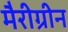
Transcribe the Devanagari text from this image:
मैरीग्रीन